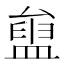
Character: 𥂒